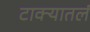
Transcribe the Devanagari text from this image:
टाक्यातलं